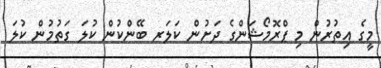
މީގެ އިތުރުން މި ޕްރޮމޯޝަންގެ ދަށުން ކަލަރ ބޭންކުން ކުލަ ގަތުމުން ކުލަ